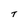
Character: T